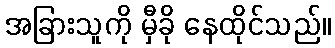
အခြားသူကို မှီခို နေထိုင်သည်။